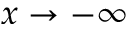
x \to - \infty